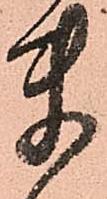
ま